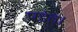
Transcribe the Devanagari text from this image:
पडंत।